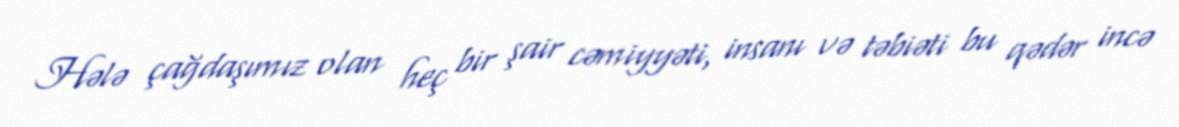
Hələ çağdaşımız olan heç bir şair cəmiyyəti, insanı və təbiəti bu qədər incə